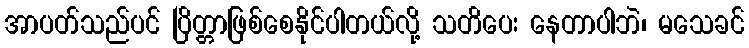
အာပတ်သည်ပင် ပြိတ္တာဖြစ်စေနိုင်ပါတယ်လို့ သတိပေး နေတာပါဘဲ၊ မသေခင်